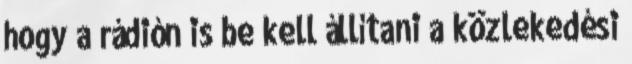
hogy a rádión is be kell állítani a közlekedési